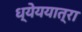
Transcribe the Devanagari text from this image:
ध्येययात्रा